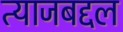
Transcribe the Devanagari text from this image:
त्याजबद्दल